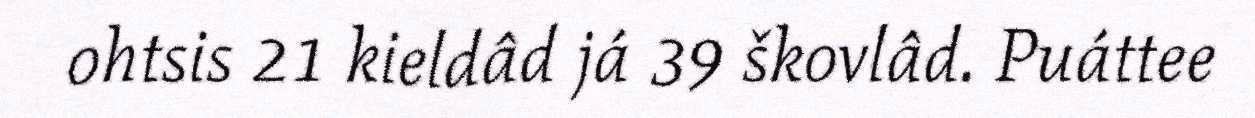
ohtsis 21 kieldâd já 39 škovlâd. Puáttee